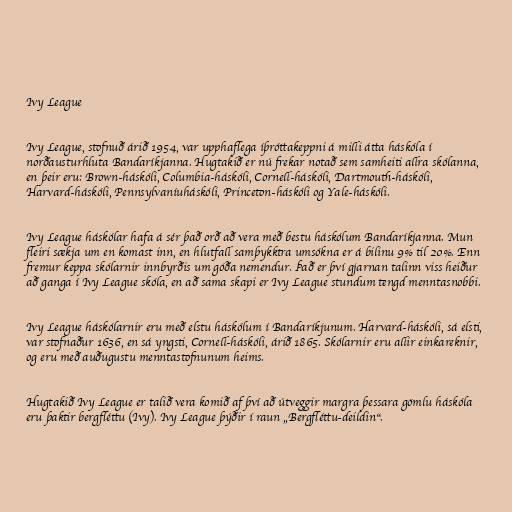
Ivy League

Ivy League, stofnuð árið 1954, var upphaflega íþróttakeppni á milli átta háskóla í
norðausturhluta Bandaríkjanna. Hugtakið er nú frekar notað sem samheiti allra skólanna,
en þeir eru: Brown-háskóli, Columbia-háskóli, Cornell-háskóli, Dartmouth-háskóli,
Harvard-háskóli, Pennsylvaníuháskóli, Princeton-háskóli og Yale-háskóli.

Ivy League háskólar hafa á sér það orð að vera með bestu háskólum Bandaríkjanna. Mun
fleiri sækja um en komast inn, en hlutfall samþykktra umsókna er á bilinu 9% til 20%. Enn
fremur keppa skólarnir innbyrðis um góða nemendur. Það er því gjarnan talinn viss heiður
að ganga í Ivy League skóla, en að sama skapi er Ivy League stundum tengd menntasnobbi.

Ivy League háskólarnir eru með elstu háskólum í Bandaríkjunum. Harvard-háskóli, sá elsti,
var stofnaður 1636, en sá yngsti, Cornell-háskóli, árið 1865. Skólarnir eru allir einkareknir,
og eru með auðugustu menntastofnunum heims.

Hugtakið Ivy League er talið vera komið af því að útveggir margra þessara gömlu háskóla
eru þaktir bergfléttu (Ivy). Ivy League þýðir í raun „Bergfléttu-deildin“.